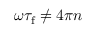
\omega \tau _ { \mathrm { f } } \neq 4 \pi n